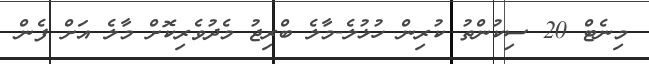
މިނެޓް 20 ސިކުންތު ކުރިން ހުޅުލެ-މާލެ ބްރިޖު މެދުވެރިކޮށް މާލެ އަށް ފެން